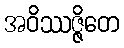
အဝိဿဇ္ဇိတေ